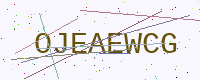
Text: OJEAEWCG